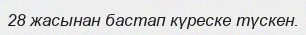
28 жасынан бастап күреске түскен.